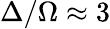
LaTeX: \Delta/\Omega\approx 3